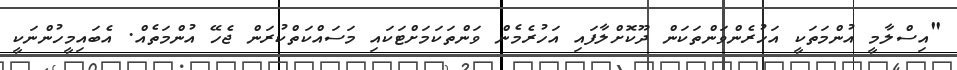
"އިސްލާމީ އުންމަތަކީ އަހުރެންވަންތަކަން ދޫކޮށްލާފައި އަހުރެމެން ވަންތަކަމަށްޓަކައި މަސައްކަތްކުރަން ޖެހޭ އުންމަތެއް. އެބައިމީހުންނަކީ